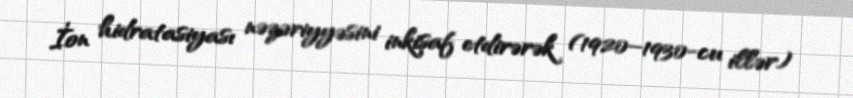
İon hidratasiyası nəzəriyyəsini inkişaf etdirərək (1920–1930-cu illər)